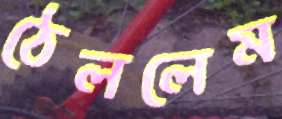
ঠেললেম